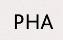
PHA